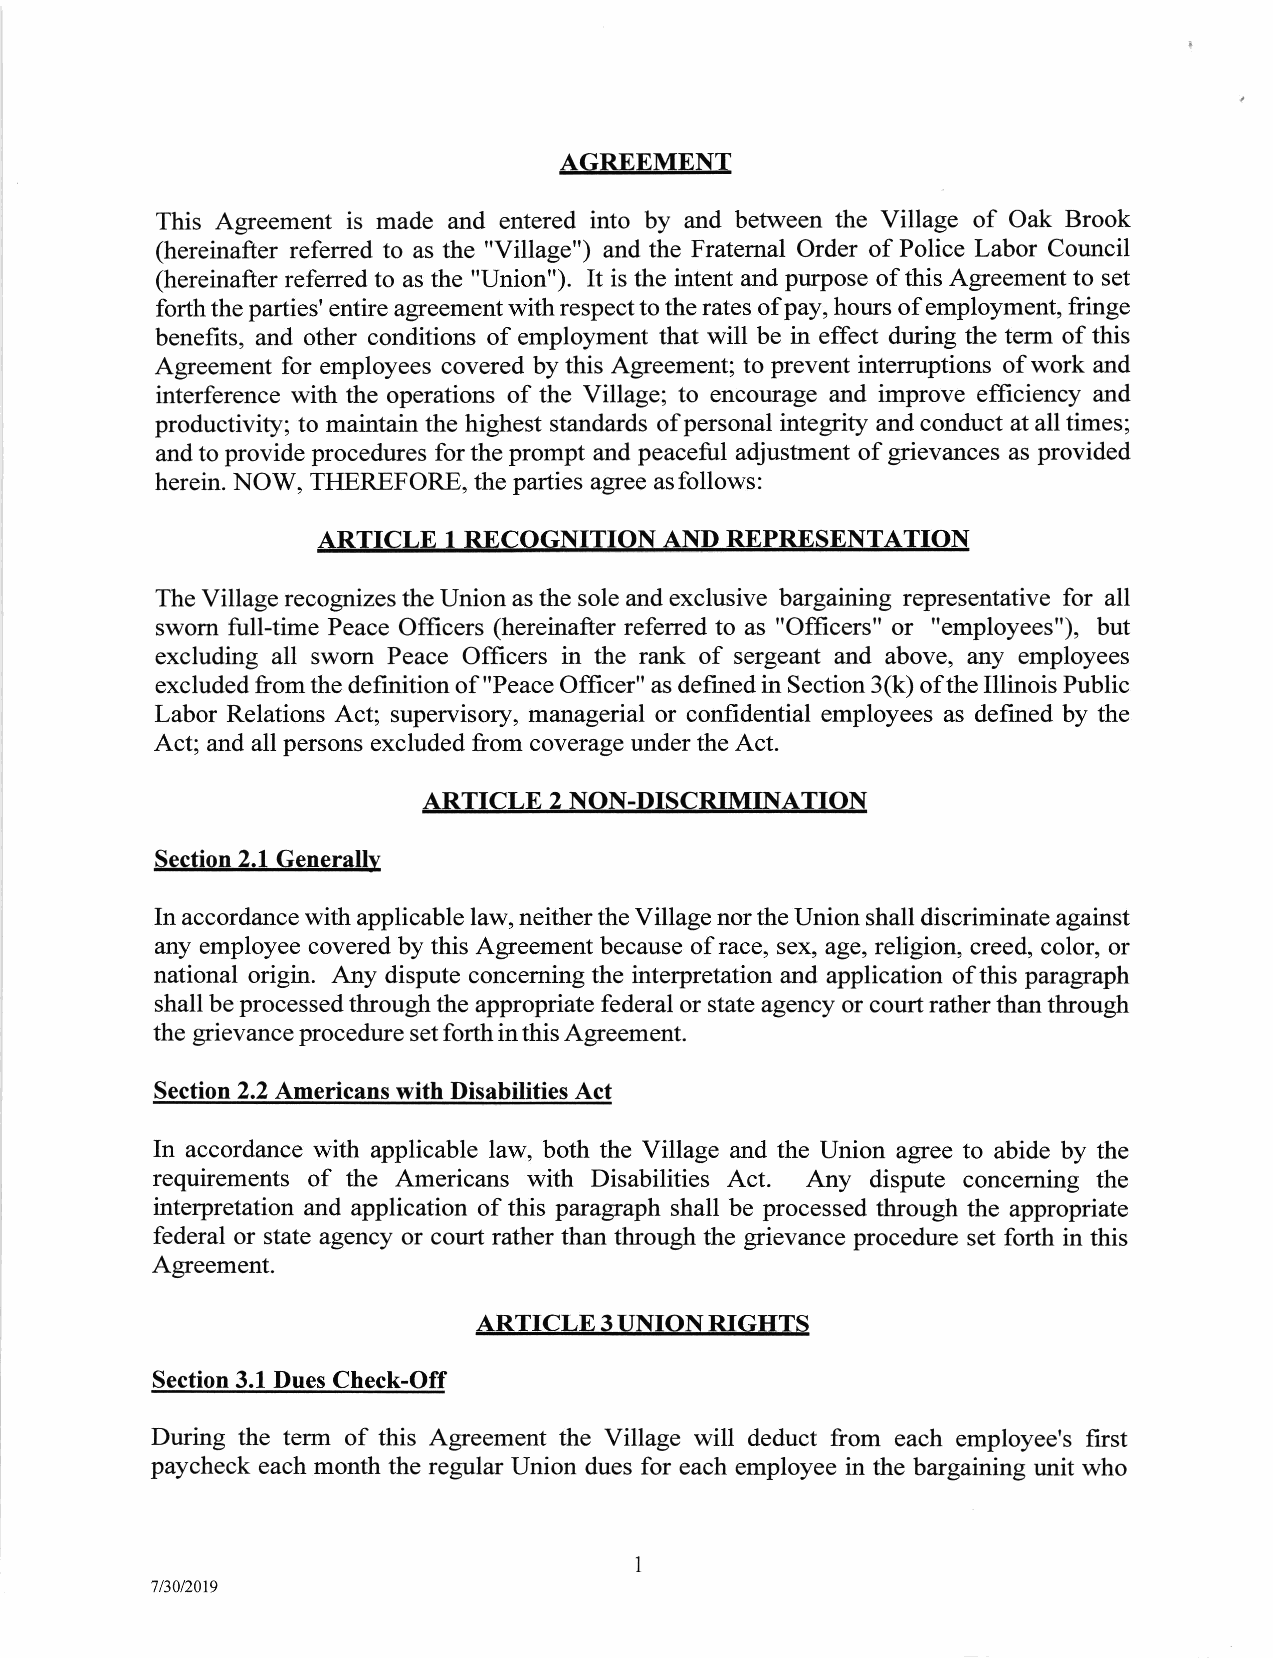
AGREEMENT
 This Agreement is made and entered into by and between the Village of Oak Brook
 (hereinafter referred to as the "Village") and the Fraternal Order of Police Labor Council
 (hereinafter referred to as the "IJnion"). It is the intent and purpose of this Agreement to set
 forth the parties' entire agreement with respect to the rates of pay, hours of employment, fringe
 benefits, and other conditions of employment that will be in effect during the term of this
 Agreement for employees covered by this Agreement; to prevent interruptions of work and
 interference with the operations of the Village; to encourage and improve efficiency and
 productiviry; to maintain the highest standards of personal integrity and conduct at all times;
 and to provide procedures for the prompt and peaceful adjustment of grievances as provided
 herein. NOW, THEREFORE, the parties agree asfollows:
 ARTICLE  1 RECOGNITION AND REPRESENTATION
 The Village recognizes the Union as the sole and exclusive bargaining representative for all
 sworn fulI-time Peace Officers (hereinafter referred to as "Officers" or "employees"), but
 excluding all sworn Peace Officers in the rank of sergeant and above, &ny employees
 excluded from the definition of "Peace Officer" as defined in Section 3(k) ofthe Illinois Public
 Labor Relations Act; supervisory, managerial or confidential employees as defined by the
 Act; and all persons excluded from coverage under the Act.
 ARTICLE 2 NON.DISCRIMINATION
 Section 2.1 Generallv
 In accordance with applicable law, neither the Village nor the Union shall discriminate against
 any employee covered by this Agteement because of race, sex, age, religion, creed, color, or
 national origin. Any dispute concerning the interpretation and application of this paragraph
 shall be processed through the appropriate federal or state agency or court rather than through
 the grievance procedure set forth inthis Agreement.
 Section 2.2 Americans with Disabilities Act
 In accordance with applicable law, both the Village and the Union agree to abide by the
 requirements of the Americans with Disabilities Act. Any dispute concerning the
 interpretation and application of this paragraph shall be processed through the appropriate
 federal or state agency or court rather than through the grievance procedure set forth in this
 Agreement.
 ARTICLE 3 UNION RIGHTS
 Section 3.1 Dues Check-Off
 During the term of this Agreement the Village will deduct from each employee's first
 paycheck each month the regular Union dues for each employee in the bargaining unit who
 7/30/2019